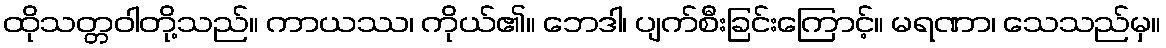
ထိုသတ္တဝါတို့သည်။ ကာယဿ၊ ကိုယ်၏။ ဘေဒါ၊ ပျက်စီးခြင်းကြောင့်။ မရဏာ၊ သေသည်မှ။